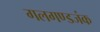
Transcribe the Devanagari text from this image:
गलगण्डजंक